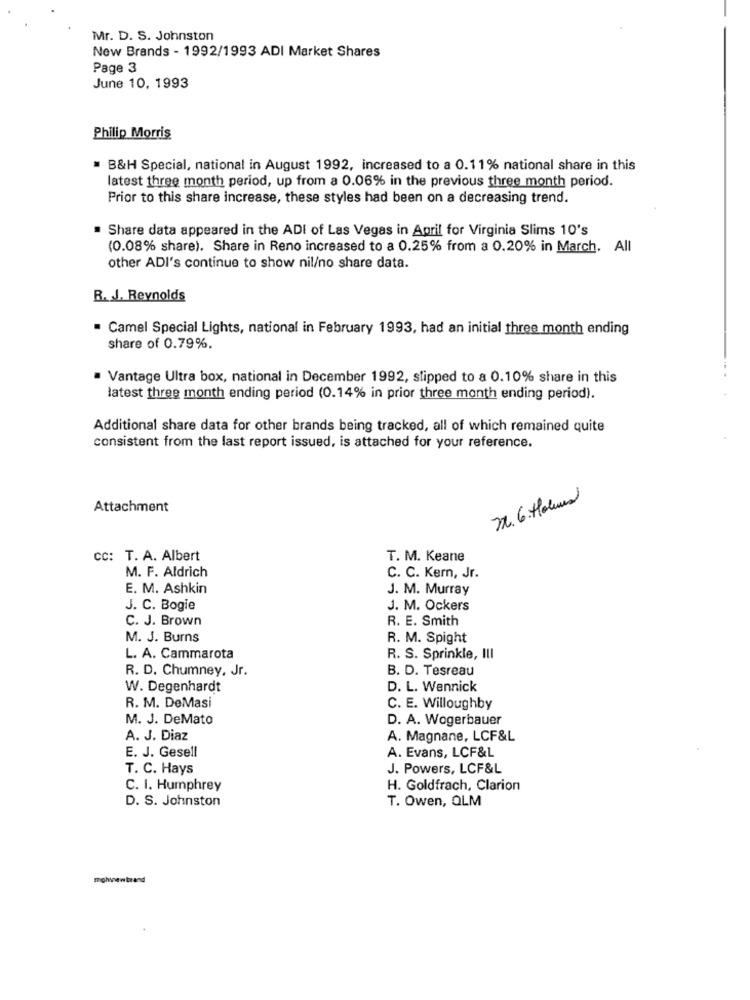
Mr. D. S. Johnston
New Brands - 1992/1993 ADI Market Shares
Page 3
June 10, 1993
Philip Morris
B&H Special, national in August 1992, increased to a 0.11% national share in this
latest three month period, up from a 0.06% in the previous three month period.
Prior to this share increase, these styles had been on a decreasing trend.
Share data appeared in the ADI of Las Vegas in April for Virginia Slims 10's
(0.08% share). Share in Reno increased to a 0.25% from a 0.20% in March. All
other ADI's continue to show nil/no share data.
R. J. Reynolds
. Camel Special Lights, national in February 1993, had an initial three month ending
share of 0.79%.
Vantage Ultra box, national in December 1992, slipped to a 0.10% share in this
latest three month ending period (0.14% in prior three month ending period).
Additional share data for other brands being tracked, all of which remained quite
consistent from the last report issued, is attached for your reference.
32. 6. Holmes
Attachment
CC: T. A. Albert
T. M. Keane
M. F. Aldrich
C. C. Kern, Jr.
E. M. Ashkin
J. M. Murray
J. C. Bogie
J. M. Ockers
C. J. Brown
R. E. Smith
M. J. Burns
R. M. Spight
L. A. Cammarota
R. S. Sprinkle, IlI
R. D. Chumney, Jr.
B. D. Tesreau
W. Degenhardt
D. L. Wennick
R. M. DeMasi
C. E. Willoughby
M. J. DeMato
D. A. Wogerbauer
A. J. Diaz
A. Magnane, LCF&L
E. J. Gesell
A. Evans, LCF&L
T. C. Hays
J. Powers, LCF&L
C. I. Humphrey
H. Goldfrach, Clarion
D. S. Johnston
T. Owen, QLM
mohlnewbrand